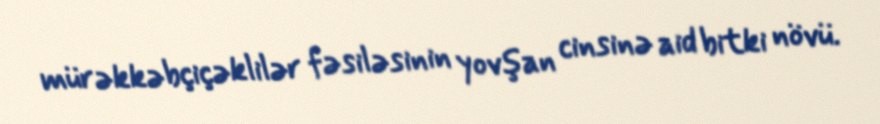
mürəkkəbçiçəklilər fəsiləsinin yovşan cinsinə aid bitki növü.